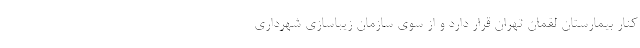
کنار بیمارستان لقمان تهران قرار دارد و از سوی سازمان زیباسازی شهرداری